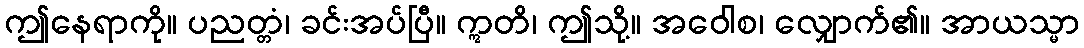
ဤနေရာကို။ ပညတ္တံ၊ ခင်းအပ်ပြီ။ ဣတိ၊ ဤသို့။ အဝေါစ၊ လျှောက်၏။ အာယသ္မာ